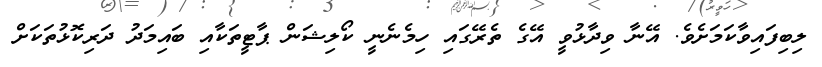
ލިބިފައިވާކަމަށެވެ. އޭނާ ވިދާޅުވީ އޭގެ ތެރޭގައި ހިމެނެނީ ކޯލިޝަން ޕާޓީތަކާއި ބައިމަދު ދަރިކޮޅުތަކަށް